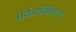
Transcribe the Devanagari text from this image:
सर्वशक्‍तिमान्